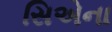
સિએના